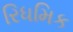
રિધમિક